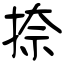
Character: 捺